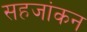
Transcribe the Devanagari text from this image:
सहजांकन